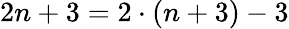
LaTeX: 2n+3=2\cdot(n+3)-3